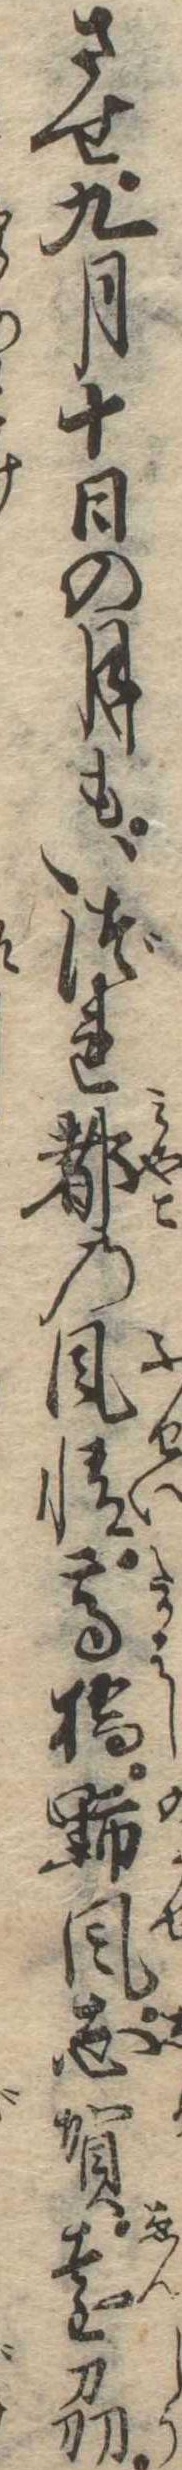
させ九月十日の月もいづれ都の風情高橋野風志賀遠州